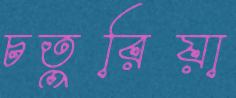
চতুরিয়া